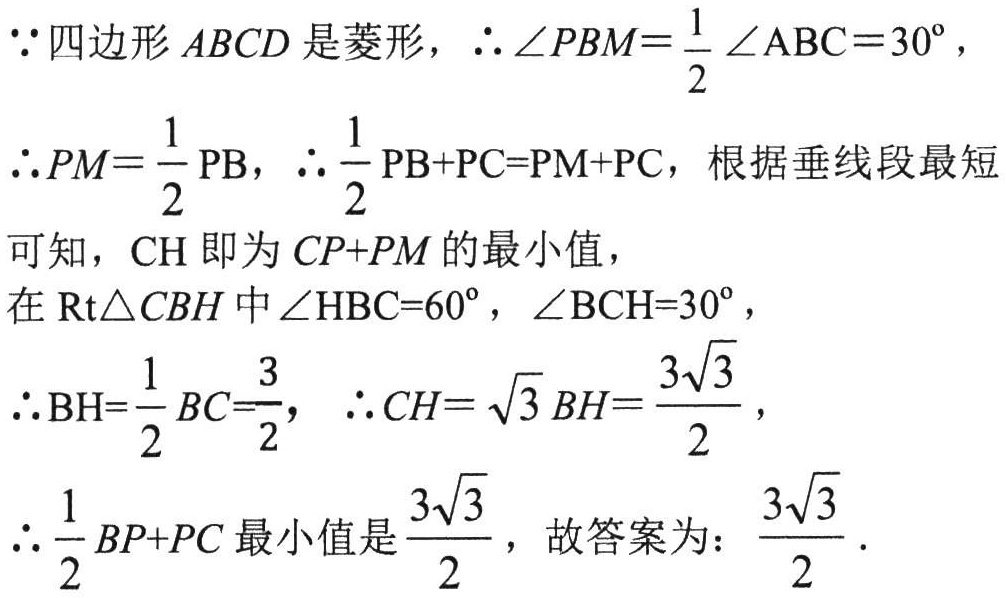
\(\because\)四边形\(ABCD\)是菱形，\(\therefore \angle PBM = \frac{1}{2} \angle ABC = 30^{\circ}\)，
\(\therefore PM = \frac{1}{2} \text{PB}\)，\(\therefore \frac{1}{2} \text{PB} + \text{PC} = \text{PM} + \text{PC}\)，根据垂线段最短
可知，\(\text{CH}\)即为\(CP + PM\)的最小值，
在\(\text{Rt} \triangle CBH\)中\(\angle \text{HBC} = 60^{\circ}\)，\(\angle \text{BCH} = 30^{\circ}\)，
\(\therefore \text{BH} = \frac{1}{2} BC = \frac{3}{2}\)，\(\therefore CH = \sqrt{3} BH = \frac{3\sqrt{3}}{2}\)，
\(\therefore \frac{1}{2} BP + PC\)最小值是\(\frac{3\sqrt{3}}{2}\)，故答案为：\(\frac{3\sqrt{3}}{2}\) .